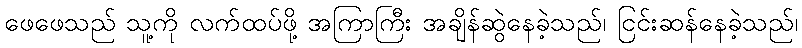
ဖေဖေသည် သူ့ကို လက်ထပ်ဖို့ အကြာကြီး အချိန်ဆွဲနေခဲ့သည်၊ ငြင်းဆန်နေခဲ့သည်၊